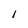
Character: I